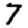
Digit: 7